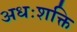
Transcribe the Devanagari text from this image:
अधःशक्ति